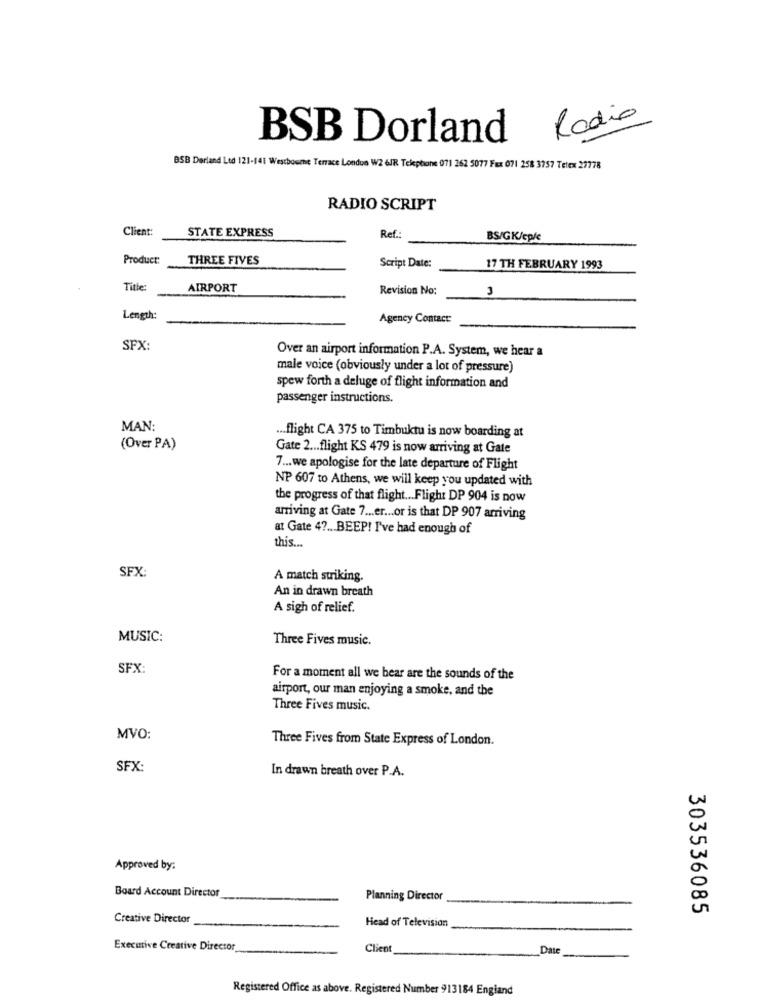
Radio
BSB Dorland
BSB Derland Ltd 121-141 Westbourne Terrace London W2 6JR Telephone 071 262 5077 Fax 071 258 3757 Telex 27778
RADIO SCRIPT
Client:
STATE EXPRESS
Ref.
BS/GK/cp/c
Product:
THREE FIVES
Script Date:
17 TH FEBRUARY 1993
Title:
AIRPORT
Revision No:
Length:
Agency Contact:
SFX:
Over an airport information P.A. System, we hear a
male voice (obviously under a lot of pressure)
spew forth a deluge of flight information and
passenger instructions.
MAN:
.. flight CA 375 to Timbuktu is now boarding at
(Over PA)
Gate 2 ... flight KS 479 is now arriving at Gate
7 ... we apologise for the late departure of Flight
NP 607 to Athens, we will keep you updated with
the progress of that flight ... Flight DP 904 is now
arriving at Gate 7 ... er ... or is that DP 907 arriving
at Gate 4 ?... BEEP! I've had enough of
this ...
SFX:
A match striking.
An in drawn breath
A sigh of relief.
MUSIC:
Three Fives music.
SFX:
For a moment all we bear are the sounds of the
airport, our man enjoying a smoke, and the
Three Fives music.
MVO:
Three Fives from State Express of London.
SFX:
In drawn breath over P.A.
Approved by:
Board Account Director
Planning Director
303536085
Creative Director
Head of Television
Executive Creative Director
Client
Date
Registered Office as above. Registered Number 913184 England